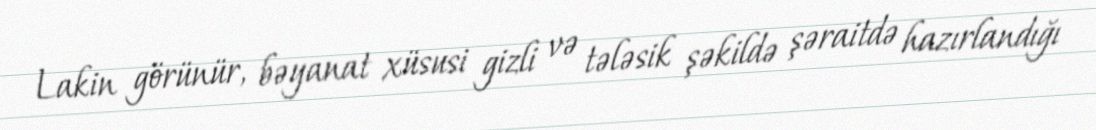
Lakin görünür, bəyanat xüsusi gizli və tələsik şəkildə şəraitdə hazırlandığı